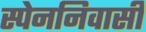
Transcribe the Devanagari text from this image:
स्पेननिवासी